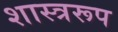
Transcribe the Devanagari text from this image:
शास्त्ररूप